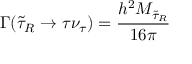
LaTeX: \Gamma ( \tilde { \tau } _ { R } \rightarrow \tau \nu _ { \tau } ) = \frac { h ^ { 2 } M _ { \tilde { \tau } _ { R } } } { 1 6 \pi }